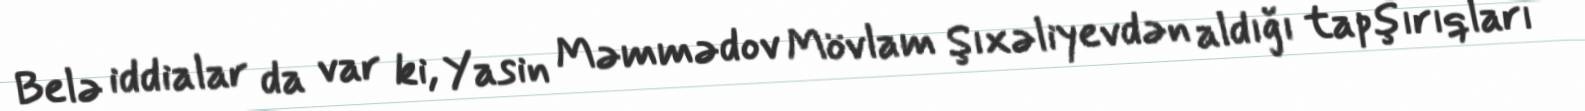
Belə iddialar da var ki, Yasin Məmmədov Mövlam Şıxəliyevdən aldığı tapşırıqları